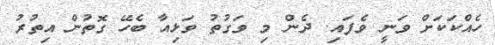
ހެއްކަކަށް ވަނީ ވެފައި. ދެން މި ވަގުތު ވަޅިއާ ބެހޭ ގޮތުން އިތުރު